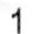
1